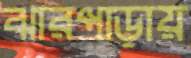
ঝারপাড়ায়